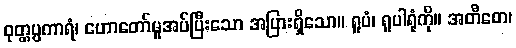
ဝုတ္တပ္ပကာရံ၊ ဟောတော်မူအပ်ပြီးသော အပြားရှိသော။ ရူပံ၊ ရူပါရုံကို။ အတီတေ၊